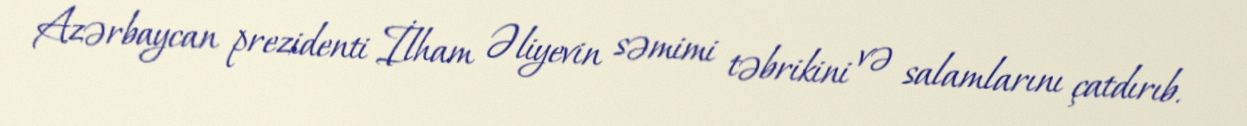
Azərbaycan prezidenti İlham Əliyevin səmimi təbrikini və salamlarını çatdırıb.